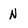
Character: N